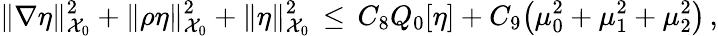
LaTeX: \| \nabla\eta\| _{\mathcal{X}_{0}}^{2}+\| \rho\eta\| _{\mathcal{X}_{0}}^{2}+\| \eta\| _{\mathcal{X}_{0}}^{2}\, \le\, C_{8}Q_{0}[\eta]+C_{9}\bigl(\mu_{0}^{2}+\mu_{1}^{2}+\mu_{2}^{2}\bigr)\, ,